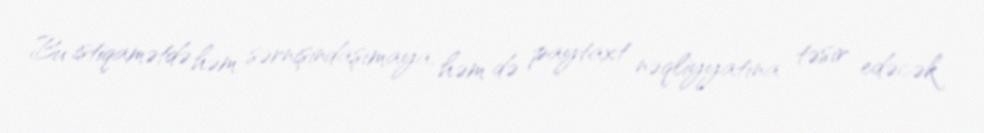
Bu istiqamətdə həm sərnişindaşımaya, həm də paytaxt nəqliyyatına təsir edəcək